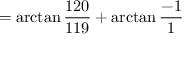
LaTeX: = \arctan { \frac { 1 2 0 } { 1 1 9 } } + \arctan { \frac { - 1 } { 1 } }